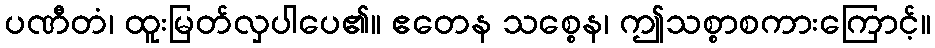
ပဏီတံ၊ ထူးမြတ်လှပါပေ၏။ ဧတေန သစ္စေန၊ ဤသစ္စာစကားကြောင့်။